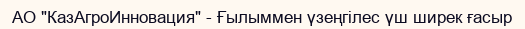
АО "КазАгроИнновация" - Ғылыммен үзеңгілес үш ширек ғасыр